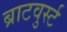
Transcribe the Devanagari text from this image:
ब्राटवुर्स्ट